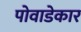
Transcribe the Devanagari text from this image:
पोवाडेकार